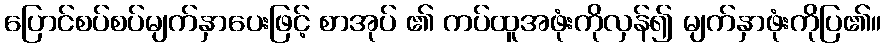
ပြောင်စပ်စပ်မျက်နှာပေးဖြင့် စာအုပ် ၏ ကပ်ထူအဖုံးကိုလှန်၍ မျက်နှာဖုံးကိုပြ၏။